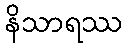
နိသာရဿ